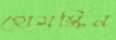
হোমস্ক্রিন